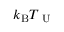
k _ { \mathrm { B } } T _ { \mathrm { ~ U ~ } }